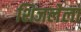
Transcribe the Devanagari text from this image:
शिजलेला